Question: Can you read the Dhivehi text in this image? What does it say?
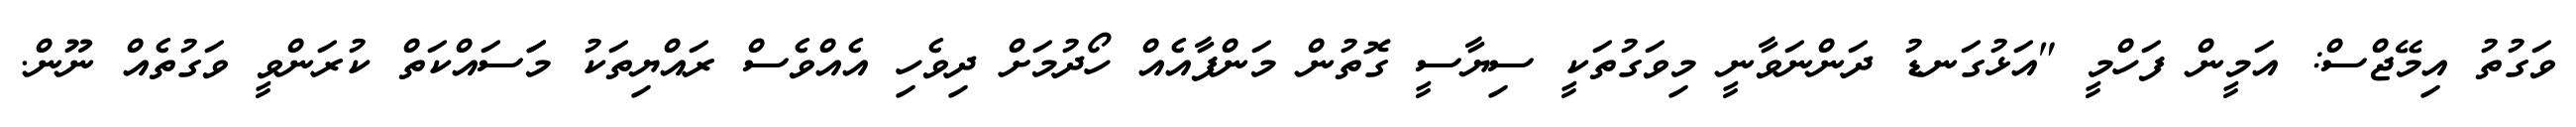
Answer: ވަގުތު އިމޭޖްސް: އަމީން ފަހްމީ "އަޅުގަނޑު ދަންނަވާނީ މިވަގުތަކީ ސިޔާސީ ގޮތުން މަންފާއެއް ހޯދުމަށް ދިވެހި އެއްވެސް ރައްޔިތަކު މަަސައްކަތް ކުރަންވީ ވަގުތެއް ނޫން.